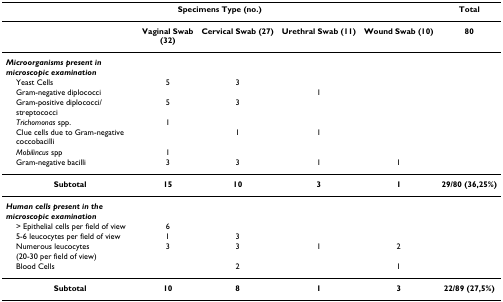
<table><thead><tr><td colspan="5"><b>Specimens Type (no.)</b></td><td><b>Total</b></td></tr></thead><tbody><tr><td></td><td><b>Vaginal Swab</b><b>(32)</b></td><td><b>Cervical Swab (27)</b></td><td><b>Urethral Swab (11)</b></td><td><b>Wound Swab (10)</b></td><td><b>80</b></td></tr><tr><td><b><i>Microorganisms present in microscopic examination</i></b></td><td></td><td></td><td></td><td></td><td></td></tr><tr><td> Yeast Cells</td><td>5</td><td>3</td><td></td><td></td><td></td></tr><tr><td> Gram-negative diplococci</td><td></td><td></td><td>1</td><td></td><td></td></tr><tr><td> Gram-positive diplococci/streptococci</td><td>5</td><td>3</td><td></td><td></td><td></td></tr><tr><td> <i>Trichomonas </i>spp.</td><td>1</td><td></td><td></td><td></td><td></td></tr><tr><td> Clue cells due to Gram-negative coccobacilli</td><td></td><td>1</td><td>1</td><td></td><td></td></tr><tr><td> <i>Mobilincus </i>spp</td><td>1</td><td></td><td></td><td></td><td></td></tr><tr><td> Gram-negative bacilli</td><td>3</td><td>3</td><td>1</td><td>1</td><td></td></tr><tr><td><b>Subtotal</b></td><td><b>15</b></td><td><b>10</b></td><td><b>3</b></td><td><b>1</b></td><td><b>29/80 (36,25%)</b></td></tr><tr><td><b><i>Human cells present in the microscopic examination</i></b></td><td></td><td></td><td></td><td></td><td></td></tr><tr><td> &gt; Epithelial cells per field of view</td><td>6</td><td></td><td></td><td></td><td></td></tr><tr><td> 5-6 leucocytes per field of view</td><td>1</td><td>3</td><td></td><td></td><td></td></tr><tr><td> Numerous leucocytes (20-30 per field of view)</td><td>3</td><td>3</td><td>1</td><td>2</td><td></td></tr><tr><td> Blood Cells</td><td></td><td>2</td><td></td><td>1</td><td></td></tr><tr><td><b>Subtotal</b></td><td><b>10</b></td><td><b>8</b></td><td><b>1</b></td><td><b>3</b></td><td><b>22/89 (27,5%)</b></td></tr></tbody></table>